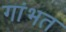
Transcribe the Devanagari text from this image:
गांभत